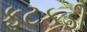
ફટકડી